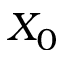
X _ { 0 }